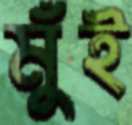
মুঁই